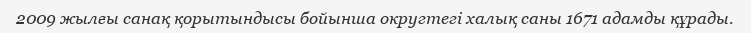
2009 жылғы санақ қорытындысы бойынша округтегі халық саны 1671 адамды құрады.